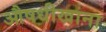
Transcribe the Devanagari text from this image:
औषधीखाना